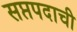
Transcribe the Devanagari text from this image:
सप्तपदाची